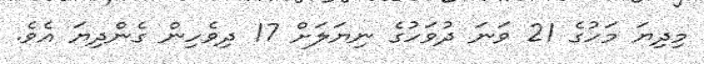
މިދިޔަ މަހުގެ 21 ވަނަ ދުވަހުގެ ނިޔަލަށް 17 ދިވެހިން ގެންދިޔަ އެވެ.